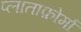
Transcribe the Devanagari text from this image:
प्लाताफ़ोर्मा